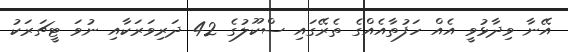
އޭނާ ވިދާޅުވީ އެއް ހަފުތާއެއްގެ ތެރޭގައި ސްކޫލުގެ 42 ދަރިވަރަކާއި ނުވަ ޓީޗަރަކު